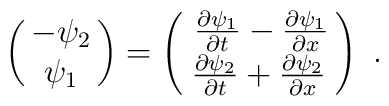
\pmatrix{ -\psi_2 \cr \psi_1} = \pmatrix {\,\frac{\partial \psi_1}{\partial t}- \frac{\partial \psi_1}{\partial x}\cr \frac{\partial\psi_2}{\partial t}+ \frac{\partial \psi_2}{\partial x}} \ .